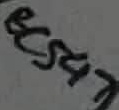
Text: BC547